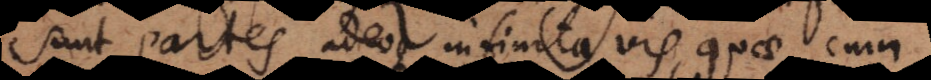
sunt partes, adeoque infinita vis, quae cum